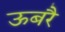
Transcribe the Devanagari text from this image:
ऊबरै